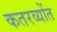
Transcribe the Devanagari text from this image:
कतरव्योंत